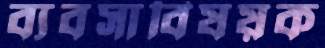
ব্যবসাবিষয়ক